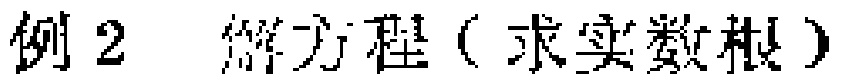
例2 解方程（求实数根）